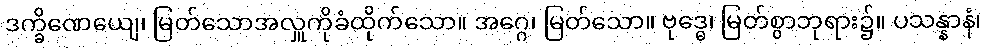
ဒက္ခိဏေယျေ၊ မြတ်သောအလှူကိုခံထိုက်သော။ အဂ္ဂေ၊ မြတ်သော။ ဗုဒ္ဓေ၊ မြတ်စွာဘုရား၌။ ပသန္နာနံ၊